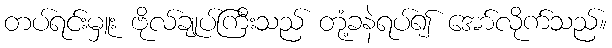
တပ်ရင်းမှူး ဗိုလ်ချုပ်ကြီးသည် တုံ့ခနဲရပ်၍ အော်လိုက်သည်။